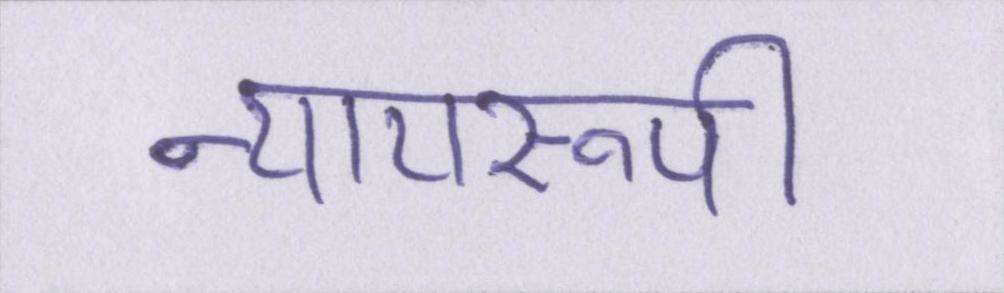
न्यायरूपी